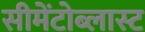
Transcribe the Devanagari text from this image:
सीमेंटोब्लास्ट